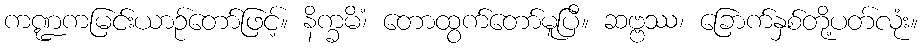
ကဏ္ဍကမြင်းယာဉ်တော်ဖြင့်။ နိက္ခမိံ၊ တောထွက်တော်မူပြီ။ ဆဗ္ဗဿ၊ ခြောက်နှစ်တို့ပတ်လုံး။